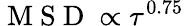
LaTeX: \mathrm{~M~S~D~}\propto\tau^{0.75}